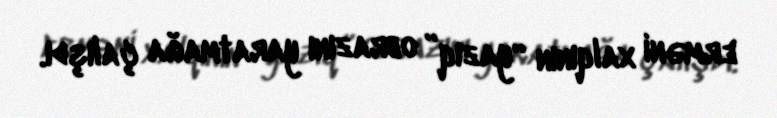
erməni xalqının “yazıq” obrazını yaratmağa çalışdı.